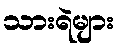
သားရဲများ